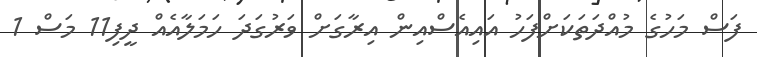
ފަސް މަހުގެ މުއްދަތަކަށްފަހު އައިއެސްއިން އިރާގަށް ވަރުގަދަ ހަމަލާއެއް ދީފި11 މަސް 1